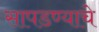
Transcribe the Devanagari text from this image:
सापडण्याचे